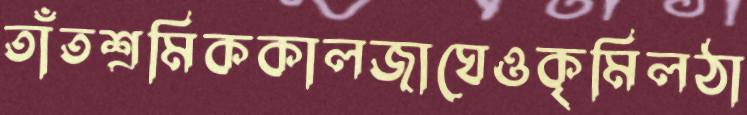
তাঁতশ্রমিককালজাঘেওকৃমিলঠা